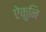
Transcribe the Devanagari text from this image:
ऐकुनि